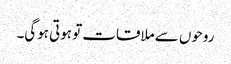
روحوں سے ملاقات تو ہوتی ہوگی۔